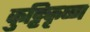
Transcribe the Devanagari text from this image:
कुट्टिकृष्ण